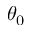
\theta _ { 0 }